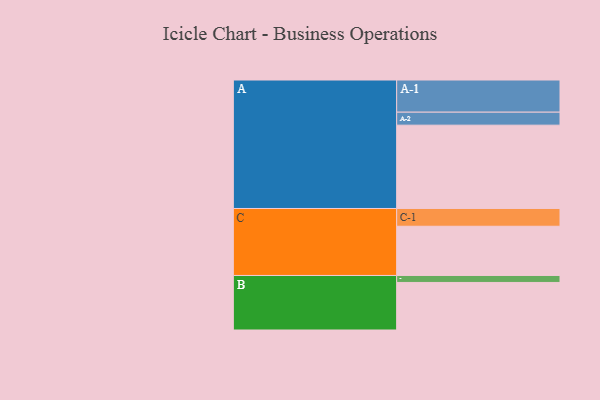
{"axis": {"x": "Segment", "y": "Value"}, "legend": ["", "A", "B", "C"], "data": [{"x": "A", "y": 596, "type": ""}, {"x": "B", "y": 340, "type": ""}, {"x": "C", "y": 352, "type": ""}, {"x": "A-1", "y": 230, "type": "A"}, {"x": "A-2", "y": 93, "type": "A"}, {"x": "B-1", "y": 50, "type": "B"}, {"x": "C-1", "y": 127, "type": "C"}]}